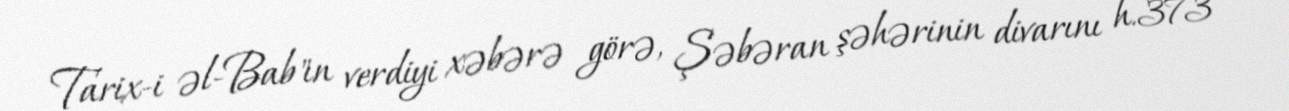
Tarix-i əl-Bab"ın verdiyi xəbərə görə, Şəbəran şəhərinin divarını h.373